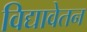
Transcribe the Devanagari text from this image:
विद्यावेतन